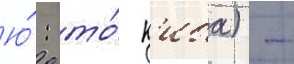
Ю́: то́ к'иба) -